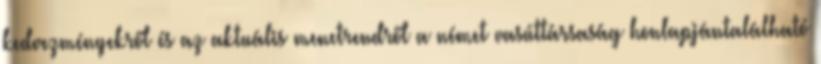
kedvezményekről és az aktuális menetrendről a német vasúttársaság honlapjántalálható